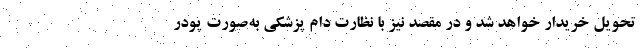
تحویل خریدار خواهد شد و در مقصد نیز با نظارت دام پزشکی به‌صورت پودر